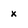
Character: x